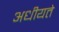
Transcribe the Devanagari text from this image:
अधीयते